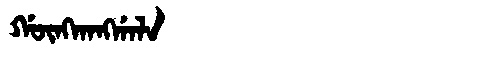
Manchu: ᡤᡡᠩᡴᠠᠩᡤᠠᠯᠠ
Romanization: GŪNGKANGGALA